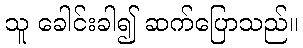
သူ ခေါင်းခါ၍ ဆက်ပြောသည်။